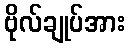
ဗိုလ်ချုပ်အား